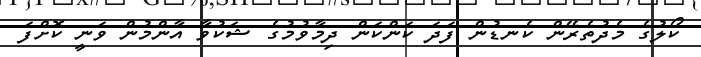
ކޯލުގެ މެދުތެރޭން ކެނޑުން ފަދަ ކަންކަން ދިމާވުމުގެ ޝަކުވާ އާންމުން ވަނީ ކޮށްފަ